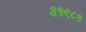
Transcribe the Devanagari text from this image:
३५९८५